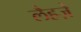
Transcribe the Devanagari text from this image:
लैहज़े